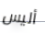
أليس